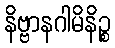
နိဗ္ဗာနဂါမိနိဉ္စ